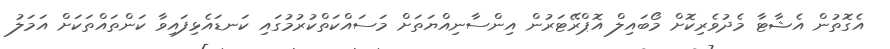
އެގޮތުން އެޝާޓާ މެދުވެރިކޮށް މޯބައިލް އޮޕްރޭޓަރުން އިންސާނިއްޔަތަށް މަަސައްކަތްކުރުމުގައި ކަނޑައެޅިފައިވާ ކަންތައްތަކަށް އަމަލު